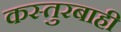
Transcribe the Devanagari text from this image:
कस्तुरबाही